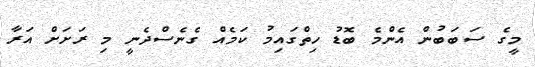
މީގެ ސަބަބުން އެންމެ ބޮޑު ހިތްގައިމު ކަމެއް ގެނެސްދެނީ މި ރަށަށް އަރާ